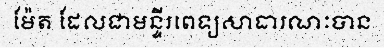
ម៉ែត ដែលជាមន្ទីរពេទ្យសាធារណៈបាន